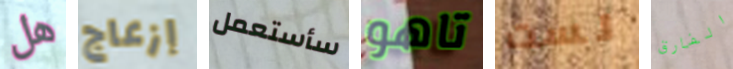
هل إزعاج سأستعمل تاهو لست الفارق